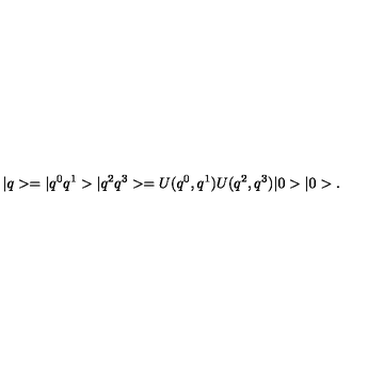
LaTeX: | q > = | q ^ { 0 } q ^ { 1 } > | q ^ { 2 } q ^ { 3 } > = U ( q ^ { 0 } , q ^ { 1 } ) U ( q ^ { 2 } , q ^ { 3 } ) | 0 > | 0 > .